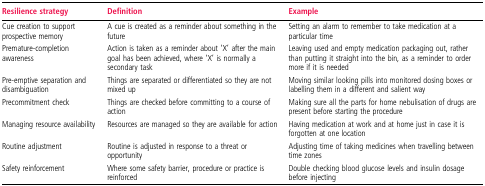
<table><thead><tr><td><b>Resilience strategy</b></td><td><b>Definition</b></td><td><b>Example</b></td></tr></thead><tbody><tr><td>Cue creation to support prospective memory</td><td>A cue is created as a reminder about something in the future</td><td>Setting an alarm to remember to take medication at a particular time</td></tr><tr><td>Premature-completion awareness</td><td>Action is taken as a reminder about ‘X’ after the main goal has been achieved, where ‘X’ is normally a secondary task</td><td>Leaving used and empty medication packaging out, rather than putting it straight into the bin, as a reminder to order more if it is needed</td></tr><tr><td>Pre-emptive separation and disambiguation</td><td>Things are separated or differentiated so they are not mixed up</td><td>Moving similar looking pills into monitored dosing boxes or labelling them in a different and salient way</td></tr><tr><td>Precommitment check</td><td>Things are checked before committing to a course of action</td><td>Making sure all the parts for home nebulisation of drugs are present before starting the procedure</td></tr><tr><td>Managing resource availability</td><td>Resources are managed so they are available for action</td><td>Having medication at work and at home just in case it is forgotten at one location</td></tr><tr><td>Routine adjustment</td><td>Routine is adjusted in response to a threat or opportunity</td><td>Adjusting time of taking medicines when travelling between time zones</td></tr><tr><td>Safety reinforcement</td><td>Where some safety barrier, procedure or practice is reinforced</td><td>Double checking blood glucose levels and insulin dosage before injecting</td></tr></tbody></table>